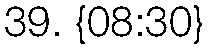
39. {08:30}